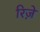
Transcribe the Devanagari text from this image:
रिज़े